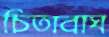
চিতাবাঘ